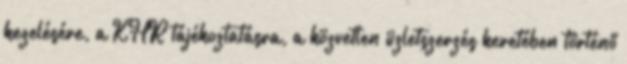
kezelésére, a KHR tájékoztatásra, a közvetlen üzletszerzés keretében történő